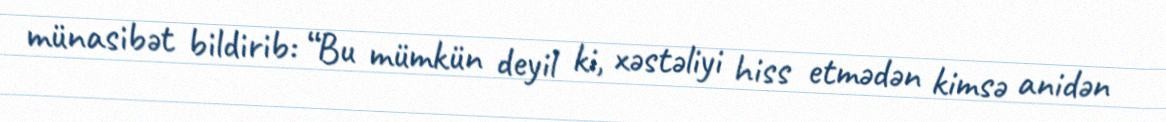
münasibət bildirib: “Bu mümkün deyil ki, xəstəliyi hiss etmədən kimsə anidən